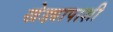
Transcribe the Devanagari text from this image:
खेड्यापाशी